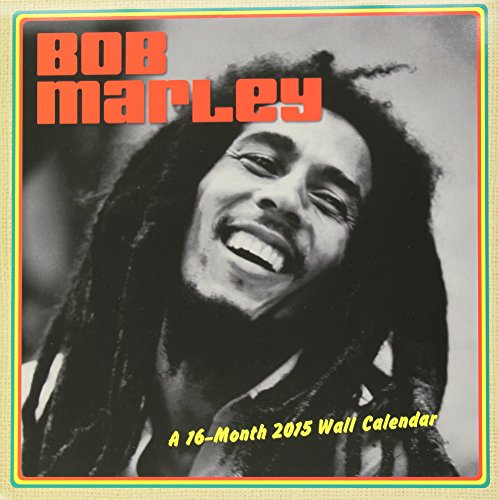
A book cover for Bob Marley 2015 Premium Wall Calendar; Trends International; Calendars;